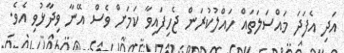
އަދި އެފަދަ މައްސަލަތައް ހައްލުކުރަން ޖެހިފައިވާ ކަމަށް ވެސް އޭނާ ވިދާޅުވި އެވެ.